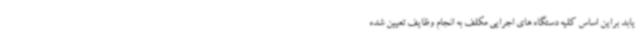
یابد براین اساس کلیه دستگاه های اجرایی مکلف به انجام وظایف تعیین شده